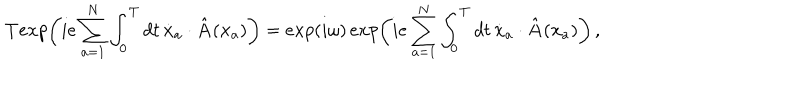
{ \bf T } e x p \biggl ( i e \sum _ { a = 1 } ^ { N } \int _ { 0 } ^ { T } d t \, { \dot { \bf x } } _ { a } \cdot { \hat { \bf A } } ( { \bf x } _ { a } ) \biggr ) = e x p ( i \omega ) \, e x p \biggl ( i e \sum _ { a = 1 } ^ { N } \int _ { 0 } ^ { T } d t \, { \dot { \bf x } } _ { a } \cdot { \hat { \bf A } } ( { \bf x } _ { a } ) \biggr ) \, ,